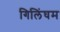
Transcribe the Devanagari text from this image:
गिलिंघम